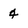
Character: 4